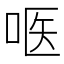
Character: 𱒨